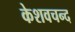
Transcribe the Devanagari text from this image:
केशवचन्द